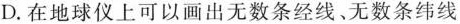
D.在地球仪上可以画出无数条经线、无数条纬线